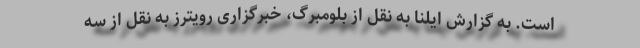
است. به گزارش ایلنا به نقل از بلومبرگ، خبرگزاری رویترز به نقل از سه